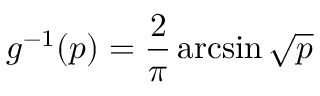
g ^ { - 1 } ( p ) = \frac { 2 } { \pi } \arcsin \sqrt { p }